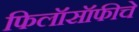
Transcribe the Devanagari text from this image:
फिलॉसॉफीचे